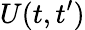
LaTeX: U(t,t^{\prime})